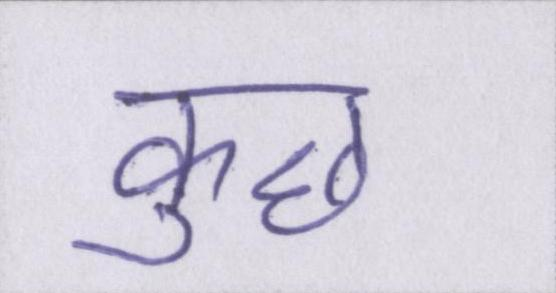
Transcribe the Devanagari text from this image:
कुछ